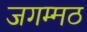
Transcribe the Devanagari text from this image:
जगम्मठ